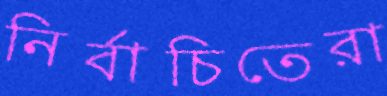
নির্বাচিতেরা